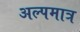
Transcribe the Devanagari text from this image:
अल्पमात्र